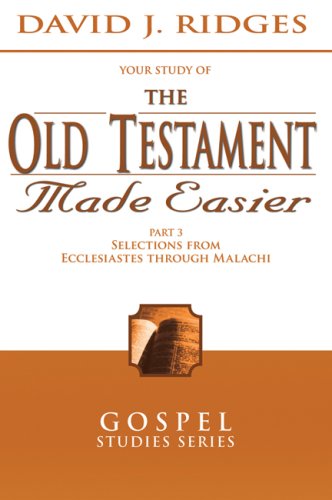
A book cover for The Old Testament Made Easier, Vol. 3 (Gospel Studies Series); David J. Ridges; Christian Books & Bibles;